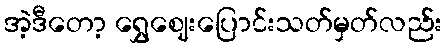
အဲ့ဒီတော့ ရွှေဈေးပြောင်းသတ်မှတ်လည်း